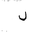
Letter: _lam